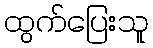
ထွက်ပြေးသူ